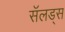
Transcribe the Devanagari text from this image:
सॅलड्स